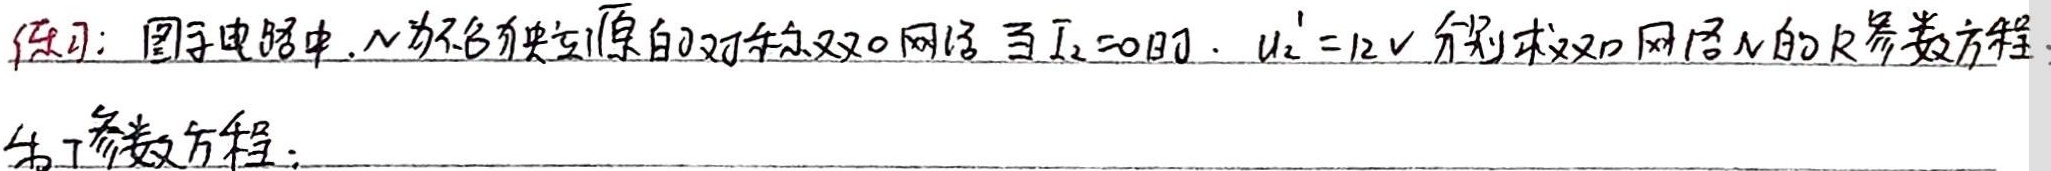
练习：图示电路中，\(N\) 为不含独立源的对称双口网络，当 \(I_{2}=0\) 时，\(U_{2}' = 12V\)，分别求双口网络 \(N\) 的 \(R\) 参数方程和 \(T\) 参数方程。